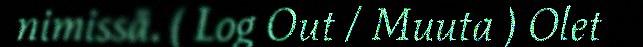
nimissä. ( Log Out / Muuta ) Olet